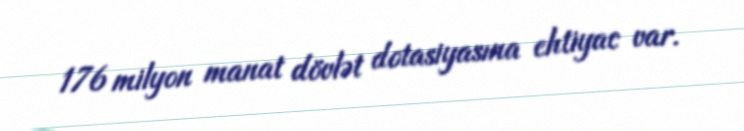
176 milyon manat dövlət dotasiyasına ehtiyac var.